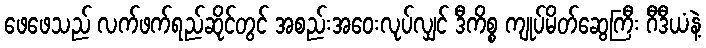
ဖေဖေသည် လက်ဖက်ရည်ဆိုင်တွင် အစည်းအဝေးလုပ်လျှင် ဒီကိစ္စ ကျုပ်မိတ်ဆွေကြီး ဂီဒီယံနဲ့